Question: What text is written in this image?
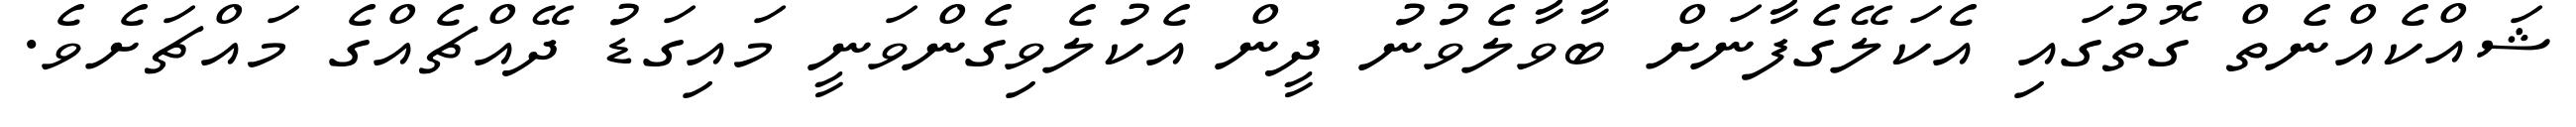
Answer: ޝައްކެއްނެތް ގޮތުގައި އެކަލޭގެފާނަށް ބާވާލެވުނު ދީން އެކުލެވިގެންވަނީ މައިގަޑު ދޭއްޗެއްގެ މައްޗަށެވެ.